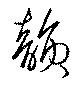
韻